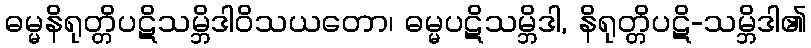
ဓမ္မနိရုတ္တိပဋိသမ္ဘိဒါဝိသယတော၊ ဓမ္မပဋိသမ္ဘိဒါ, နိရုတ္တိပဋိ-သမ္ဘိဒါ၏